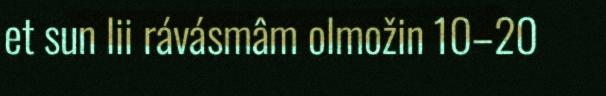
et sun lii rávásmâm olmožin 10–20